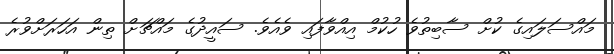
މައްސަލައިގެ ކުށް ސާބިތުވެ ހުކުމް އިއްވާފައި ވެއެވެ. ސައީދުގެ މައްޗަށް ތިން އަހަރަށްވުރެ